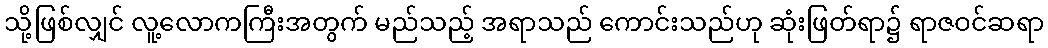
သို့ဖြစ်လျှင် လူ့လောကကြီးအတွက် မည်သည့် အရာသည် ကောင်းသည်ဟု ဆုံးဖြတ်ရာ၌ ရာဇဝင်ဆရာ